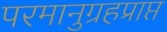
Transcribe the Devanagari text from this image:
परमानुग्रहप्राप्त